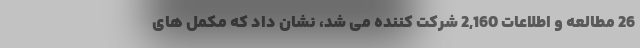
26 مطالعه و اطلاعات 2,160 شرکت کننده می شد، نشان داد که مکمل های